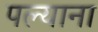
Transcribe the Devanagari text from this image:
पल्याना